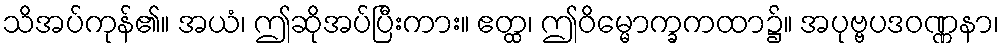
သိအပ်ကုန်၏။ အယံ၊ ဤဆိုအပ်ပြီးကား။ ဧတ္ထ၊ ဤဝိမ္မောက္ခကထာ၌။ အပုဗ္ဗပဒဝဏ္ဏနာ၊